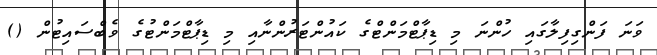
ވަނަ ފަންގިފިލާގައި ހުންނަ މި ޑިޕާޓްމަންޓްގެ ކައުންޓަރުންނާއި މި ޑިޕާޓްމަންޓުގެ ވެބްސައިޓުން ()